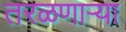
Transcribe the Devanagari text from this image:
तरळणाऱ्या